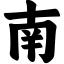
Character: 南